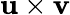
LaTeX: \mathbf{u}\times\mathbf{v}